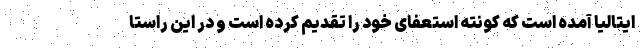
ایتالیا آمده است که کونته استعفای خود را تقدیم کرده است و در این راستا